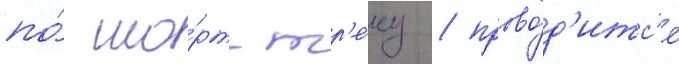
по́ шо́рт-тр'е́ку / прово́д'итс'я